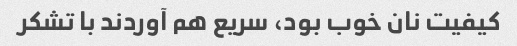
کیفیت نان خوب بود، سریع هم آوردند با تشکر